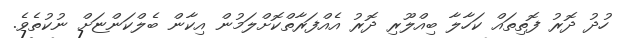
ހުދު ދޮރު ފޮތިތައް ކަހާލާ ބިއްލޫރި ދޮރު އެއްފަރާތްކޮށްލަމުން އިކާން ބެލްކަންޏަށް ނުކުތެވެ.